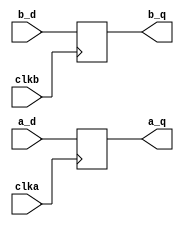
module my_reg(input clka, input clkb, input a_d, b_d, output reg a_q, b_q);

    initial a_q = 0;
    always @ (posedge clka)
        a_q <= a_d;

    //cover property ((a_q == 1) && (a_d == 0));

    always @ (negedge clkb)
        b_q <= b_d;
endmodule